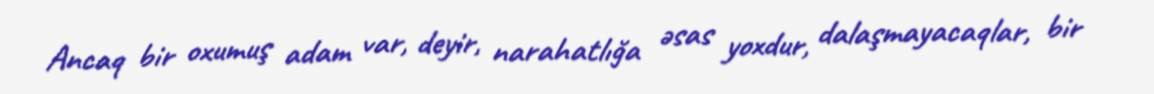
Ancaq bir oxumuş adam var, deyir, narahatlığa əsas yoxdur, dalaşmayacaqlar, bir